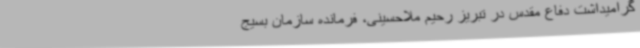
گرامیداشت دفاع مقدس در تبریز رحیم ملاحسینی، فرمانده‌ سازمان بسیج